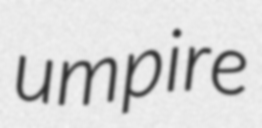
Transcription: umpire